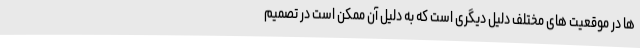
ها در موقعیت های مختلف دلیل دیگری است که به دلیل آن ممکن است در تصمیم